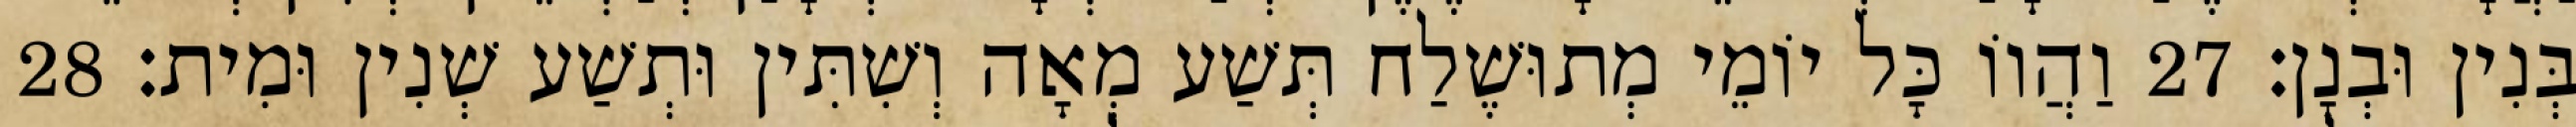
בְּנִין וּבְנָן׃ 27 וַהֲווֹ כָּל יוֹמֵי מְתוּשֶׁלַח תְּשַׁע מְאָה וְשִׁתִּין וּתְשַׁע שְׁנִין וּמִית׃ 28